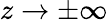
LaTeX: z\rightarrow\pm\infty